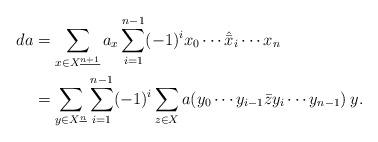
LaTeX: \begin{align*}da&= \sum_{x \in X^{\underline{n+1}}} a_x \sum_{i=1}^{n-1} (-1)^i x_0 \cdots \hat{\bar{x}}_i \cdots x_n \\&= \sum_{y \in X^{\underline{n}}} \sum_{i=1}^{n-1} (-1)^i \sum_{z \in X} a(y_0 \cdots y_{i-1} \bar{z} y_i \cdots y_{n-1}) \: y.\end{align*}